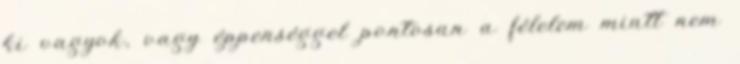
ki vagyok, vagy éppenséggel pontosan a félelem miatt nem